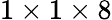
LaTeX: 1\times 1\times 8